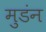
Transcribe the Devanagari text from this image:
मुडंन